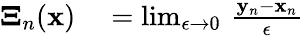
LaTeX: \begin{array}{rl}{\boldsymbol{\Xi}_{n}({\mathbf x})}&{{}=\operatorname*{lim}_{\epsilon\to 0}\, \frac{{\mathbf y}_{n}-{\mathbf x}_{n}}{\epsilon}}\end{array}